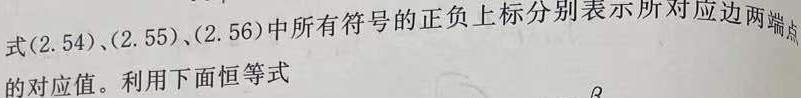
式(2.54)、(2.55)、(2.56)中所有符号的正负上标分别表示所对应边两端点的对应值。利用下面恒等式